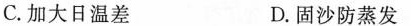
C.加大日温差 D.固沙防蒸发